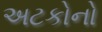
અટકોનો